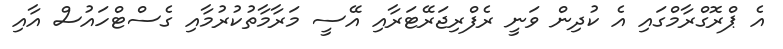
އެ ޕްރޮގްރާމްގައި އެ ކުދިން ވަނީ ރެފްރިޖަރޭޓަރާއި އޭސީ މަރާމާތުކުރުމާއި ގެސްޓްހައުސް އާއި